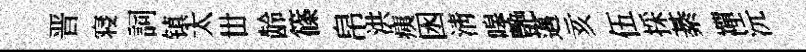
晋寝詞镇太丗龄篠帛洪痍囦清嗥艷邁亥伍採綦襌沅